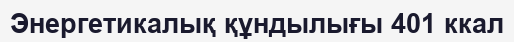
Энергетикалық құндылығы 401 ккал